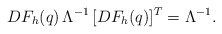
\begin{align*}DF_h(q) \, \Lambda^{-1} \,[DF_h(q)]^{T} = \Lambda^{-1}.\end{align*}